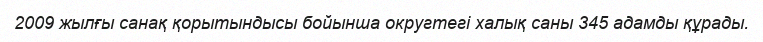
2009 жылғы санақ қорытындысы бойынша округтегі халық саны 345 адамды құрады.